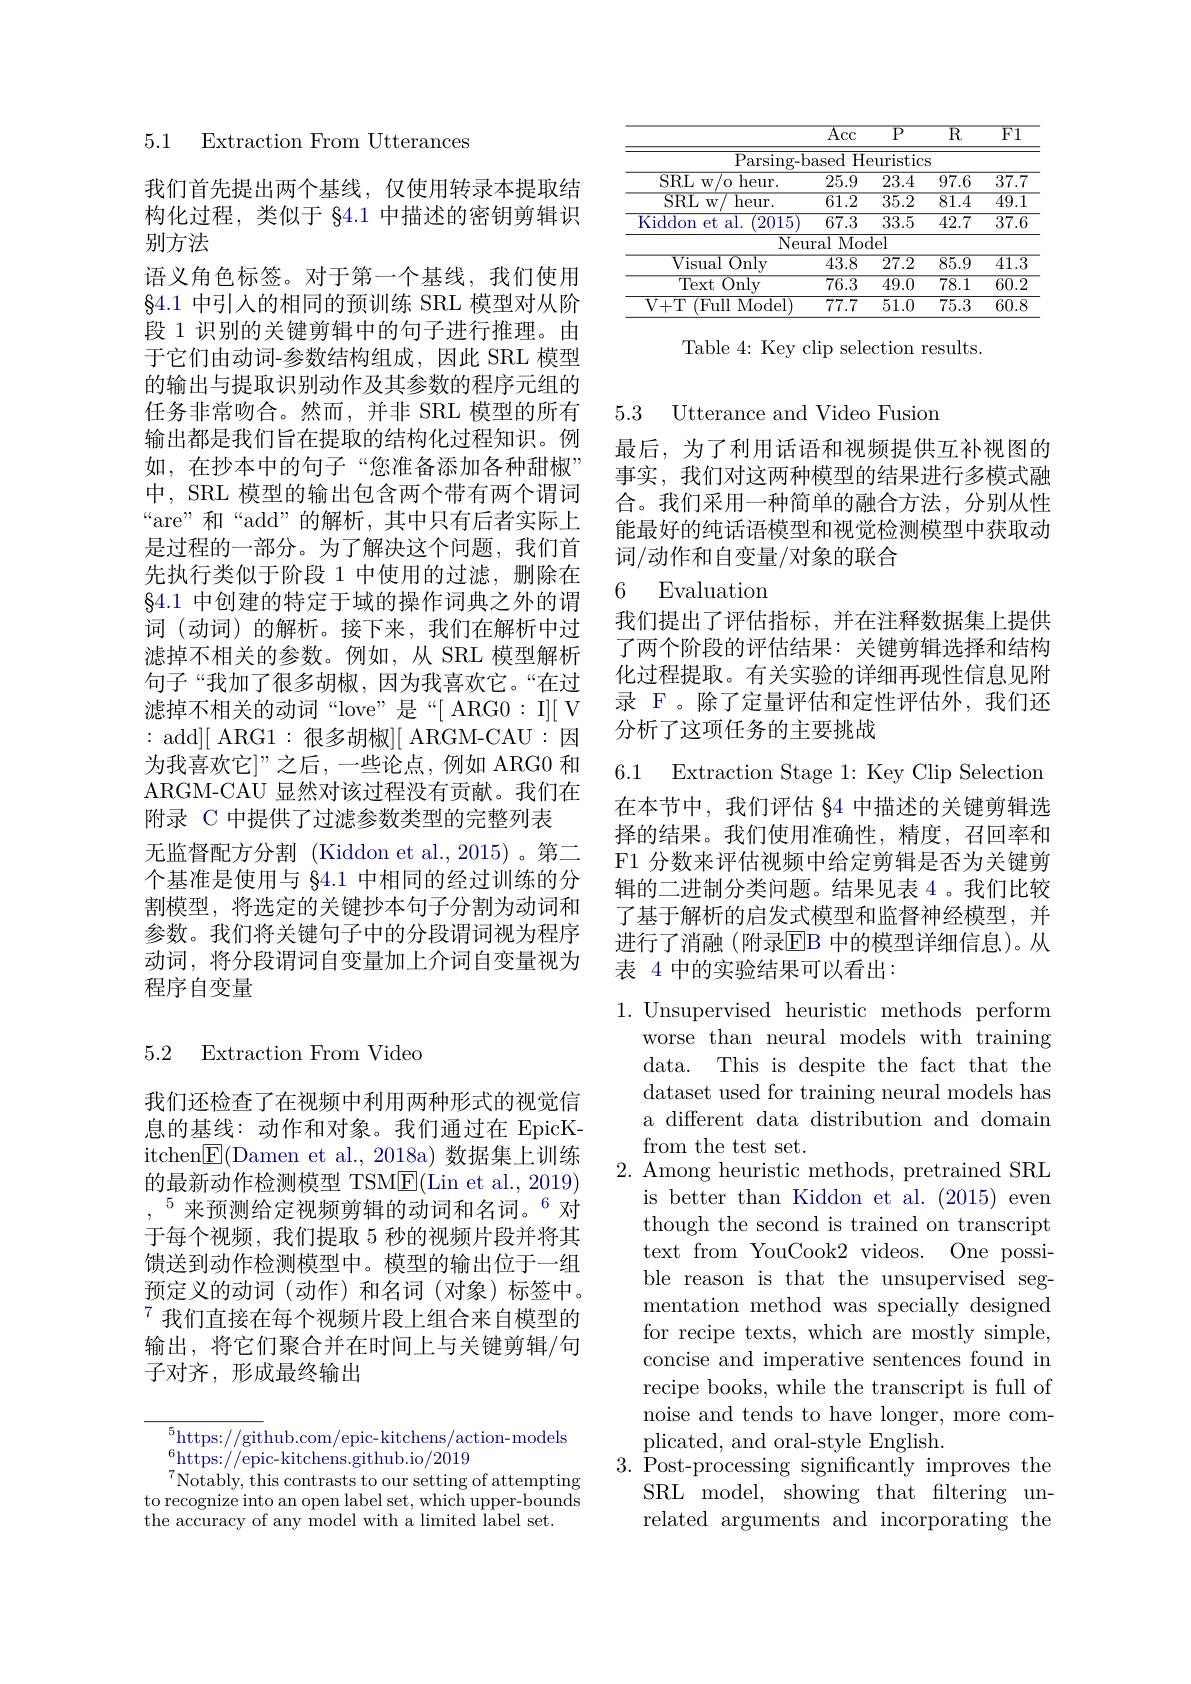
5.1 Extraction From Utterances

我们首先提出两个基线，仅使用转录本提取结构化过程，类似于$\S4.1$中描述的密钥剪辑识别方法
语义角色标签。对于第一个基线，我们使用$\S4.1$中引入的相同的预训练 SRL 模型对从阶段 1 识别的关键剪辑中的句子进行推理。由于它们由动词-参数结构组成，因此 SRL 模型的输出与提取识别动作及其参数的程序元组的任务非常吻合。然而，并非 SRL 模型的所有输出都是我们旨在提取的结构化过程知识。例如，在抄本中的句子“您准备添加各种甜椒” 中，SRL 模型的输出包含两个带有两个谓词“are”和“add”的解析，其中只有后者实际上是过程的一部分。为了解决这个问题，我们首先执行类似于阶段 1 中使用的过滤，删除在$\S4.1$中创建的特定于域的操作词典之外的谓词 (动词) 的解析。接下来，我们在解析中过滤掉不相关的参数。例如，从 SRL 模型解析句子“我加了很多胡椒，因为我喜欢它。“在过滤掉不相关的动词“love”是“[ARG0:I][V :add][ ARG1:很多胡椒][ ARGM-CAU:因为我喜欢它]”之后，一些论点，例如 ARG0 和ARGM-CAU 显然对该过程没有贡献。我们在附录 C 中提供了过滤参数类型的完整列表
无监督配方分割 (Kiddon et al.,2015)。第二个基准是使用与$\S4.1$中相同的经过训练的分割模型，将选定的关键抄本句子分割为动词和参数。我们将关键句子中的分段谓词视为程序动词，将分段谓词自变量加上介词自变量视为程序自变量

### 5.2 Extraction From Vided

我们还检查了在视频中利用两种形式的视觉信息的基线：动作和对象。我们通过在 EpicKitchen$\boxed{\mathrm{F}}($Damen et al., 2018a) 数据集上训练的最新动作检测模型 TSM$\underline{\mathrm{F}}($Lin et al., 2019) $,^{5}$来预测给定视频剪辑的动词和名词。$^{6}$对于每个视频，我们提取 5 秒的视频片段并将其馈送到动作检测模型中。模型的输出位于一组预定义的动词(动作)和名词(对象)标签中。$^{7}$我们直接在每个视频片段上组合来自模型的输出，将它们聚合并在时间上与关键剪辑/句子对齐，形成最终输出

$^5$https://github.com/epic-kitchens/action-models
$_{\pi}^{6}$https://epic-kitchens.github.io/2019
$^{7}$Notably, this contrasts to our setting of attempting to recognize into an open label set, which upper-bounds the accuracy of any model with a limited label set.

<table>
	<tbody>
		<tr>
			<th> </th>
			<th>$\overline{\mathrm{Acc}}$</th>
			<th>$\overline{\mathrm{P}}$</th>
			<th>$\overline{\mathrm{R}}$</th>
			<th>$\overline{F1}$</th>
		</tr>
		<tr>
			<td>Parsing- ba</td>
			<td>asedHe</td>
			<td>$\operatorname{euristics}$</td>
			<td>S</td>
			<td> </td>
		</tr>
		<tr>
			<td>${\mathrm{SRL~w/o~heur.}}$</td>
			<td>25.9</td>
			<td>$\overline{23.4}$</td>
			<td>$\overline{97.6}$</td>
			<td>$\overline{37.7}$</td>
		</tr>
		<tr>
			<td>$\operatorname{SRLw}/$ heur. </td>
			<td>$\overline{61.2}$</td>
			<td>$\overline{35.2}$</td>
			<td>$\overline{81.4}$</td>
			<td>$\overline{49.1}$</td>
		</tr>
		<tr>
			<td>Kiddon et al. 2015</td>
			<td>67.3</td>
			<td>$\overline{33.5}$</td>
			<td>$\overline{42.7}$</td>
			<td>$\overline{37.6}$</td>
		</tr>
		<tr>
			<td>Neur</td>
			<td>$\operatorname{ral}$Moc</td>
			<td>$\overline{\mathrm{lel}}$</td>
			<td> </td>
			<td> </td>
		</tr>
		<tr>
			<td>Visual 1 $\overline{\mathrm{Only}}$</td>
			<td>$\overline{43.8}$</td>
			<td>$\overline{27.2}$</td>
			<td>$\overline{85.9}$</td>
			<td>$\overline{41.3}$</td>
		</tr>
		<tr>
			<td>Text $\therefore$ $\overline{\mathrm{Only}}$</td>
			<td>$\overline{76.3}$</td>
			<td>$\overline{49.0}$</td>
			<td>$\overline{78.1}$</td>
			<td>$\overline{60.2}$</td>
		</tr>
		<tr>
			<td>V+T (Full Model)</td>
			<td>77.7</td>
			<td>$\overline{51.0}$</td>
			<td>$\overline{75.3}$</td>
			<td>$\overline{60.8}$</td>
		</tr>
	</tbody>
</table>

Table 4: Key clip selection results.

5.3 Utterance and Video Fusiom

最后，为了利用话语和视频提供互补视图的事实，我们对这两种模型的结果进行多模式融合。我们采用一种简单的融合方法，分别从性能最好的纯话语模型和视觉检测模型中获取动词/动作和自变量/对象的联合

# 6 Evaluation

我们提出了评估指标，并在注释数据集上提供了两个阶段的评估结果：关键剪辑选择和结构化过程提取。有关实验的详细再现性信息见附录 F。除了定量评估和定性评估外，我们还分析了这项任务的主要挑战

6.1 Extraction Stage 1: Key Clip Selection 在本节中，我们评估 §4 中描述的关键剪辑选择的结果。我们使用准确性，精度，召回率和F1 分数来评估视频中给定剪辑是否为关键剪辑的二进制分类问题。结果见表 4 。我们比较了基于解析的启发式模型和监督神经模型，并进行了消融(附录$\overline{\mathrm{EB}}$ 中的模型详细信息)。从表 4 中的实验结果可以看出：

1.Unsupervised heuristic methods perform
worse than neural models with training data. This is despite the fact that the dataset used for training neural models has a different data distribution and domain from the test set.
2. Among heuristic methods, pretrained SRL
is better than Kiddon et al. (2015) even though the second is trained on transcript text from YouCook2 videos. One possible reason is that the unsupervised segmentation method was specially designed for recipe texts, which are mostly simple, concise and imperative sentences found in recipe books, while the transcript is full of noise and tends to have longer, more complicated, and oral-style English.
$3.{\mathrm{~Post-processing~significantly~improves~the}}$
SRL model, showing that filtering unrelated arguments and incorporating the